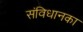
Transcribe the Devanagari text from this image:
संविधानका